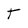
Character: T